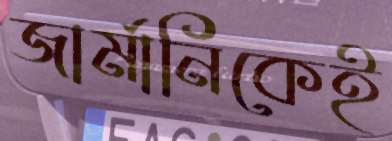
জার্মানিকেই